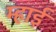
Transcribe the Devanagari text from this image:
म्हाई